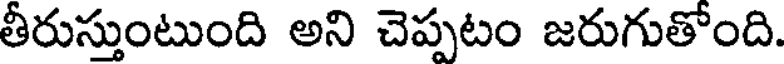
తీరుస్తుంటుంది అని చెప్పటం జరుగుతోంది